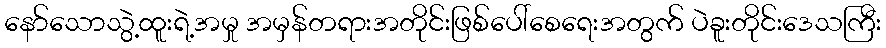
နော်သောသွဲ့ထူးရဲ့အမှု အမှန်တရားအတိုင်းဖြစ်ပေါ်စေရေးအတွက် ပဲခူးတိုင်းဒေသကြီး